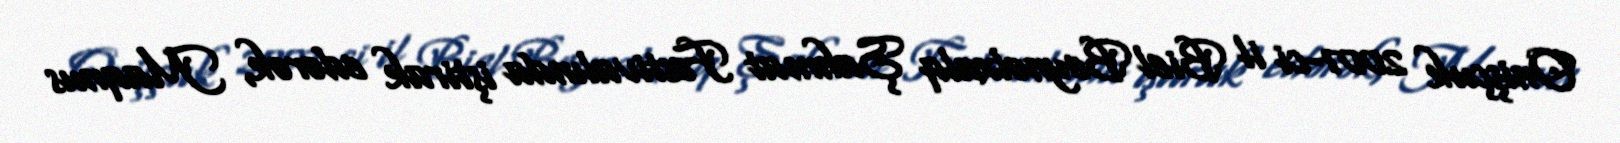
Onişçuk 2007-ci il Biel Beynəlxalq Şahmat Festivalında iştirak edərək, Maqnus